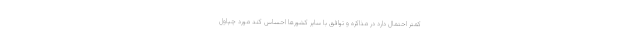
کمتر احتمال دارد در مذاکره و توافق با سایر کشورها احساس کند مورد چپاول